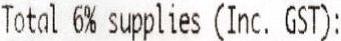
TOTAL 6% SUPPLIES (INC. GST):